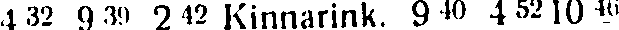
4 32 9 30 2 42 Kinnarink. 9 40 4 52 10 46